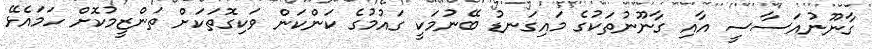
ގާނޫނުއަސާސީ އާއި ގާނޫނުތަކުގެ މައިގަނޑު ބޭނުމަކީ ގައުމުގެ ކަންކަން ވަކިގޮތަކަށް ތަންޒީމުކޮށް ހަމައެޅޭ